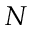
N